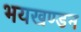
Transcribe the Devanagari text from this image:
भयखण्डन